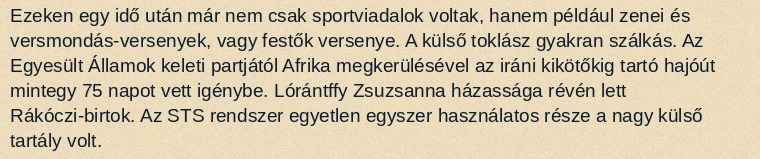
Ezeken egy idő után már nem csak sportviadalok voltak, hanem például zenei és versmondás-versenyek, vagy festők versenye. A külső toklász gyakran szálkás. Az Egyesült Államok keleti partjától Afrika megkerülésével az iráni kikötőkig tartó hajóút mintegy 75 napot vett igénybe. Lórántffy Zsuzsanna házassága révén lett Rákóczi-birtok. Az STS rendszer egyetlen egyszer használatos része a nagy külső tartály volt.